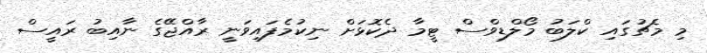
މި މެޗުގައި ކްލަބު މޯލްޑިވްސް ޓީމާ ދެކޮޅަށް ނިކުމެފައިވަނީ ރާއްޖޭގެ ނާއިބު ރައީސް